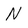
Character: N